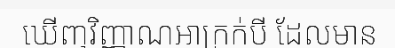
ឃើញវិញ្ញាណអាក្រក់បី ដែលមាន